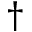
\dag